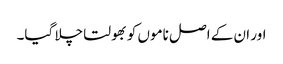
اور ان کے اصل ناموں کو بھولتا چلا گیا۔